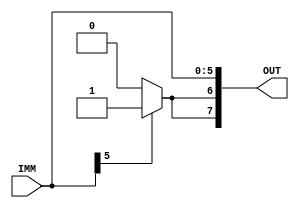
module sext(IMM, OUT);

	input [5:0] IMM;
	output reg [7:0] OUT;

	wire SIGN = IMM[5];

	always @(*) begin
		if (SIGN) begin
			OUT[7] = 1'b1;
			OUT[6] = 1'b1;
		end
		else begin
			OUT[7] = 1'b0;
			OUT[6] = 1'b0;
		end
		OUT[5:0] = IMM[5:0];
end

endmodule